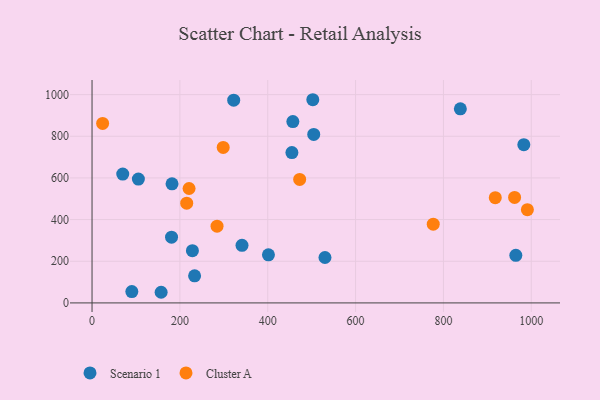
{"axis": {"x": "Study Hours", "y": "Rating"}, "legend": ["Cluster A", "Scenario 1"], "data": [{"x": "157.3", "y": 51.1, "type": "Scenario 1"}, {"x": "964.8", "y": 228.4, "type": "Scenario 1"}, {"x": "105.5", "y": 594.5, "type": "Scenario 1"}, {"x": "233.5", "y": 129.9, "type": "Scenario 1"}, {"x": "455.0", "y": 721.5, "type": "Scenario 1"}, {"x": "530.3", "y": 218.0, "type": "Scenario 1"}, {"x": "341.4", "y": 276.6, "type": "Scenario 1"}, {"x": "983.0", "y": 759.7, "type": "Scenario 1"}, {"x": "322.5", "y": 973.3, "type": "Scenario 1"}, {"x": "504.7", "y": 809.0, "type": "Scenario 1"}, {"x": "502.6", "y": 975.4, "type": "Scenario 1"}, {"x": "69.9", "y": 618.3, "type": "Scenario 1"}, {"x": "401.6", "y": 230.8, "type": "Scenario 1"}, {"x": "457.2", "y": 870.4, "type": "Scenario 1"}, {"x": "181.0", "y": 315.7, "type": "Scenario 1"}, {"x": "228.5", "y": 250.7, "type": "Scenario 1"}, {"x": "182.1", "y": 571.6, "type": "Scenario 1"}, {"x": "90.6", "y": 54.4, "type": "Scenario 1"}, {"x": "838.5", "y": 931.6, "type": "Scenario 1"}, {"x": "472.7", "y": 593.0, "type": "Cluster A"}, {"x": "215.5", "y": 479.0, "type": "Cluster A"}, {"x": "24.1", "y": 861.8, "type": "Cluster A"}, {"x": "298.6", "y": 746.6, "type": "Cluster A"}, {"x": "962.0", "y": 506.5, "type": "Cluster A"}, {"x": "776.8", "y": 377.9, "type": "Cluster A"}, {"x": "991.1", "y": 447.7, "type": "Cluster A"}, {"x": "284.6", "y": 368.5, "type": "Cluster A"}, {"x": "918.0", "y": 505.2, "type": "Cluster A"}, {"x": "220.9", "y": 549.3, "type": "Cluster A"}]}